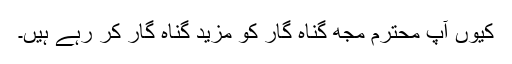
کیوں آپ محترم مجھ گناہ گار کو مزید گناہ گار کر رہے ہیں۔